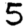
Digit: 5